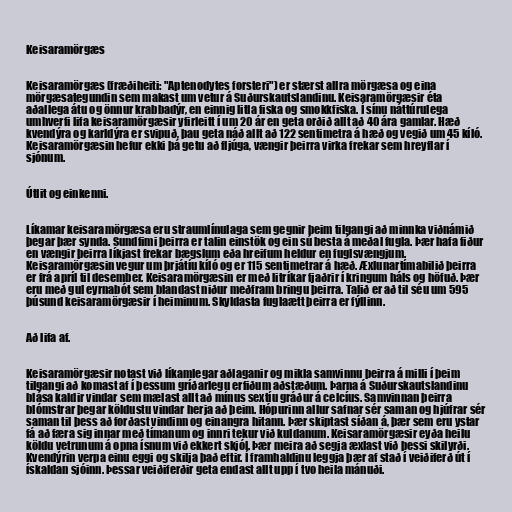
Keisaramörgæs

Keisaramörgæs (fræðiheiti: "Aptenodytes forsteri") er stærst allra mörgæsa og eina
mörgæsategundin sem makast um vetur á Suðurskautslandinu. Keisaramörgæsir éta
aðallega átu og önnur krabbadýr, en einnig litla fiska og smokkfiska. Í sínu náttúrulega
umhverfi lifa keisaramörgæsir yfirleitt í um 20 ár en geta orðið allt að 40 ára gamlar. Hæð
kvendýra og karldýra er svipuð, þau geta náð allt að 122 sentimetra á hæð og vegið um 45 kíló.
Keisaramörgæsin hefur ekki þá getu að fljúga, vængir þeirra virka frekar sem hreyflar í
sjónum.

Útlit og einkenni.

Líkamar keisaramörgæsa eru straumlínulaga sem gegnir þeim tilgangi að minnka viðnámið
þegar þær synda. Sundfimi þeirra er talin einstök og ein sú besta á meðal fugla. Þær hafa fiður
en vængir þeirra líkjast frekar bægslum eða hreifum heldur en fuglsvængjum.
Keisaramörgæsin vegur um þrjátíu kíló og er 115 sentimetrar á hæð. Æxlunartímabilið þeirra
er frá apríl til desember. Keisaramörgæsin er með litríkar fjaðrir í kringum háls og höfuð. Þær
eru með gul eyrnabót sem blandast niður meðfram bringu þeirra. Talið er að til séu um 595
þúsund keisaramörgæsir í heiminum. Skyldasta fuglaætt þeirra er fýllinn.

Að lifa af.

Keisaramörgæsir notast við líkamlegar aðlaganir og mikla samvinnu þeirra á milli í þeim
tilgangi að komast af í þessum gríðarlegu erfiðum aðstæðum. Þarna á Suðurskautslandinu
blása kaldir vindar sem mælast allt að mínus sextíu gráður á celcíus. Samvinnan þeirra
blómstrar þegar köldustu vindar herja að þeim. Hópurinn allur safnar sér saman og hjúfrar sér
saman til þess að forðast vindinn og einangra hitann. Þær skiptast síðan á, þær sem eru ystar
fá að færa sig innar með tímanum og innri tekur við kuldanum. Keisaramörgæsir eyða heilu
köldu vetrunum á opna ísnum við ekkert skjól. Þær meira að segja æxlast við þessi skilyrði.
Kvendýrin verpa einu eggi og skilja það eftir. Í framhaldinu leggja þær af stað í veiðiferð út í
ískaldan sjóinn. Þessar veiðiferðir geta endast allt upp í tvo heila mánuði.